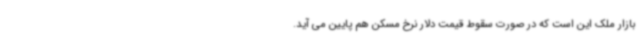
بازار ملک این است که در صورت سقوط قیمت دلار نرخ مسکن هم پایین می آید.